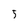
Character: 5